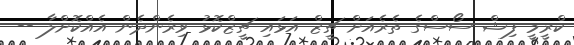
ކްރީމީ ފިޝް ސޯސްގެ ތެރެއަށް ޗީޒް އަޅައި ޗީޒްކޮޅު ވިރެންދެން އެއްކޮށްލާ --